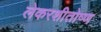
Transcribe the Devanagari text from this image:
लेकरशीतोष्ण